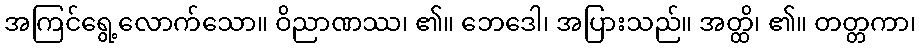
အကြင်ရွေ့လောက်သော။ ဝိညာဏဿ၊ ၏။ ဘေဒေါ၊ အပြားသည်။ အတ္ထိ၊ ၏။ တတ္တကာ၊